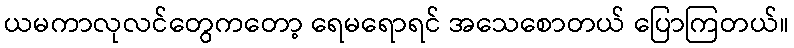
ယမကာလုလင်တွေကတော့ ရေမရောရင် အသေစောတယ် ပြောကြတယ်။